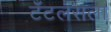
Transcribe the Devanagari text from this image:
टँटलसला